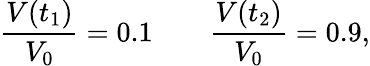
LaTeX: {\frac{V(t_{1})}{V_{0}}}=0.1\qquad{\frac{V(t_{2})}{V_{0}}}=0.9,